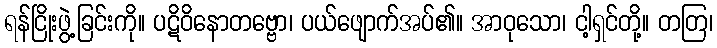
ရန်ငြိုးဖွဲ့ခြင်းကို။ ပဋိဝိနောတဗ္ဗော၊ ပယ်ဖျောက်အပ်၏။ အာဝုသော၊ ငါ့ရှင်တို့။ တတြ၊